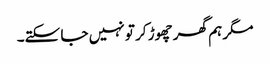
مگر ہم گھر چھوڑ کر تو نہیں جا سکتے۔